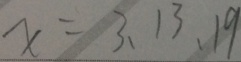
x = 3 、 1 3 、 1 9